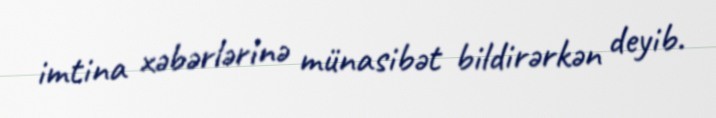
imtina xəbərlərinə münasibət bildirərkən deyib.